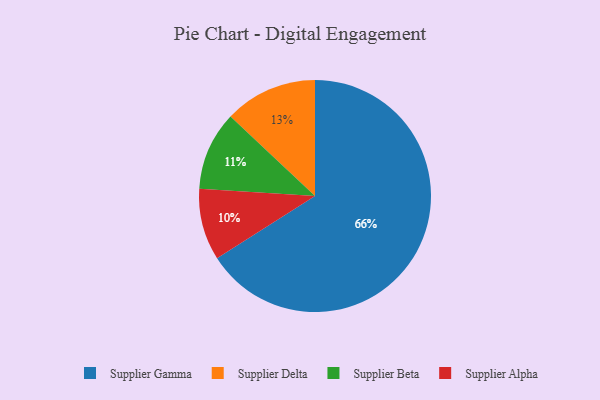
{"axis": {"x": "Category", "y": "Percentage"}, "legend": ["Supplier Alpha", "Supplier Beta", "Supplier Delta", "Supplier Gamma"], "data": [{"x": "Supplier Delta", "y": 13, "type": "Supplier Delta"}, {"x": "Supplier Gamma", "y": 66, "type": "Supplier Gamma"}, {"x": "Supplier Alpha", "y": 10, "type": "Supplier Alpha"}, {"x": "Supplier Beta", "y": 11, "type": "Supplier Beta"}]}